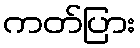
ကတ်ပြား